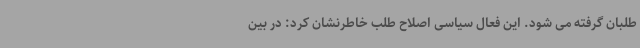
طلبان گرفته می شود. این فعال سیاسی اصلاح طلب خاطرنشان کرد: در بین